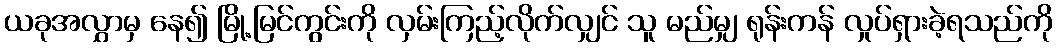
ယခုအလွှာမှ နေ၍ မြို့မြင်ကွင်းကို လှမ်းကြည့်လိုက်လျှင် သူ မည်မျှ ရုန်းကန် လှုပ်ရှားခဲ့ရသည်ကို